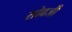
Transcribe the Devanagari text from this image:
सोबजी